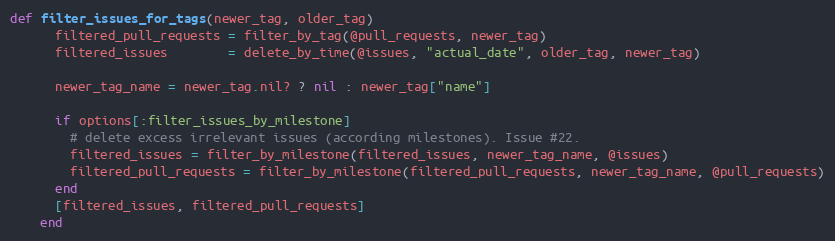
Language: Ruby
def filter_issues_for_tags(newer_tag, older_tag)
      filtered_pull_requests = filter_by_tag(@pull_requests, newer_tag)
      filtered_issues        = delete_by_time(@issues, "actual_date", older_tag, newer_tag)

      newer_tag_name = newer_tag.nil? ? nil : newer_tag["name"]

      if options[:filter_issues_by_milestone]
        # delete excess irrelevant issues (according milestones). Issue #22.
        filtered_issues = filter_by_milestone(filtered_issues, newer_tag_name, @issues)
        filtered_pull_requests = filter_by_milestone(filtered_pull_requests, newer_tag_name, @pull_requests)
      end
      [filtered_issues, filtered_pull_requests]
    end